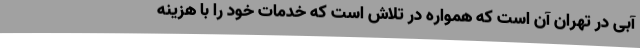
آبی در تهران آن است که همواره در تلاش است که خدمات خود را با هزینه